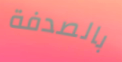
بالصدفة